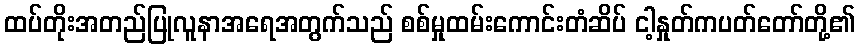
ထပ်တိုးအတည်ပြုလူနာအရေအတွက်သည် စစ်မှုထမ်းကောင်းတံဆိပ် ငါ့နှုတ်ကပတ်တော်တို့၏